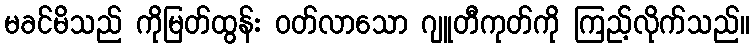
မခင်မိသည် ကိုမြတ်ထွန်း ဝတ်လာသော ဂျူတီကုတ်ကို ကြည့်လိုက်သည်။